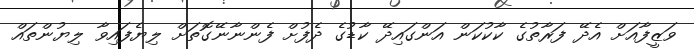
ވަޒީފާއަށް އެދޭ ފަރާތުގެ ކާކުކަން އަންގައިދޭ ކާޑުގެ ދެފުށް ފެންނާނޭގޮތަށް ލިޔެފައިވާ ލިޔުންތައް